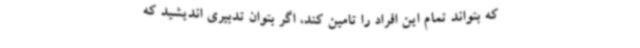
که بتواند تمام این افراد را تامین کند، اگر بتوان تدبیری اندیشید که